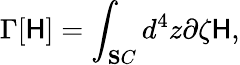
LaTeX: \Gamma[\mathsf{H}]=\int_{\mathbf{S}C}d^{4}z\partial\zeta\mathsf{H},